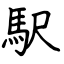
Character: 駅